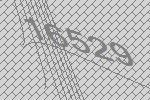
16529